Vaccination North-Western Provinces and Oudh 1896-1901 - 1896-1901
Year: 1896
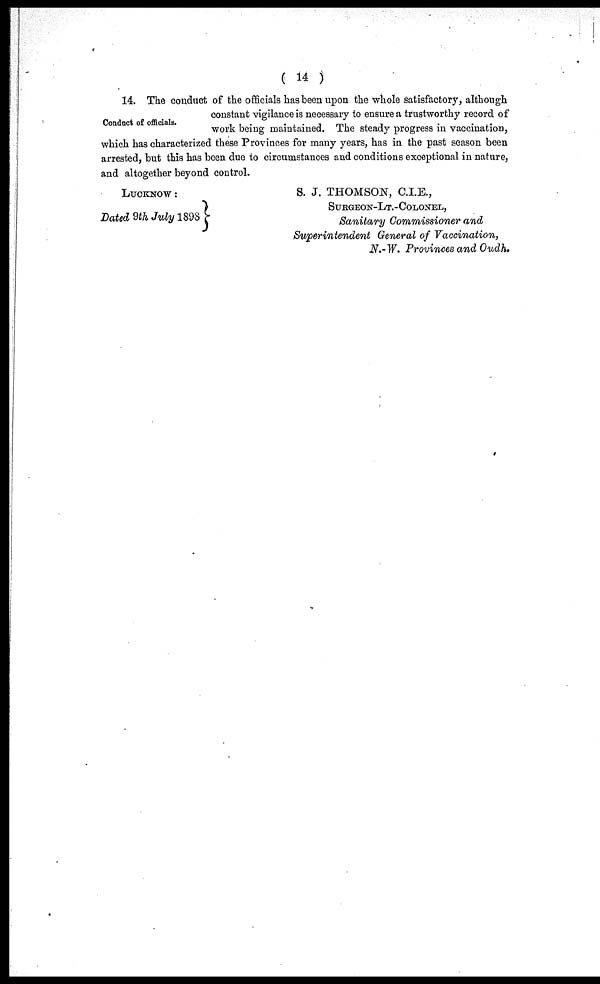
( 14 )
Conduct of officials.
14. The conduct of the officials has been upon the whole satisfactory, although
constant vigilance is necessary to ensure a trustworthy record of
work being maintained. The steady progress in vaccination,
which has characterized these Provinces for many years, has in the past season been
arrested, but this has been due to circumstances and conditions exceptional in nature,
and altogether beyond control.
LUCKNOW :
Dated 9th July 1898
S. J. THOMSON, C.I.E.,
SURGEON-LT.-COLONEL,
Sanitary Commissioner and
Superintendent General of Vaccination,
N.- W. Provinces and Oudh.